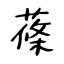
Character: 蓧